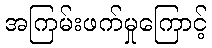
အကြမ်းဖက်မှုကြောင့်